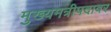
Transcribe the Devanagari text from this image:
मुख्यमत्रीपदावर